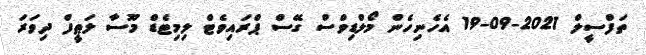
ތަފްސީލް 2021-09-19 އެހެނިހެން މޯލްޑިވްސް ގޭސް ޕްރައިވެޓް ލިމިޓެޑް މޫސާ ލަޠީފް ދިވަރަ